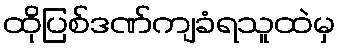
ထိုပြစ်ဒဏ်ကျခံရသူထဲမှ